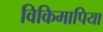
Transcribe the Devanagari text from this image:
विकिमापिया